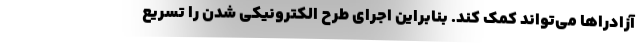
آزادراها می‌تواند کمک کند. بنابراین اجرای طرح الکترونیکی شدن را تسریع